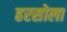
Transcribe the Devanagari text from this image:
हरसोला